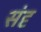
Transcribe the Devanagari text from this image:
संदृ